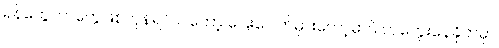
ရန်တွေဘာတွေဖြစ်ကုန်ရင် ငါတော့ ပြေးပေါက်မှားတော့မှာပဲ ဟုတွေးနေခိုက်မှာ